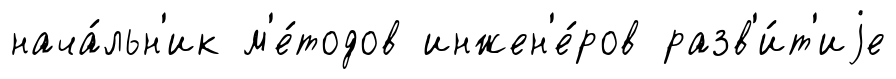
нача́льн'ик м'е́тодов инжен'е́ров разв'и́т'иjе